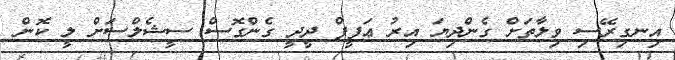
އިނގިރޭސި ވިލާތަށް ގެންދިޔަ އިރު ޢަފީފް ދީދީ ގެންގޮސް ސީޝެލްސަށް ލީ ކޮން